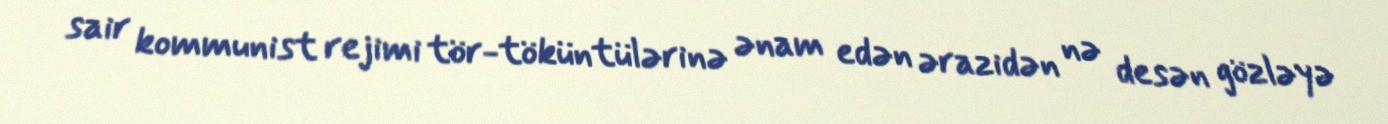
sair kommunist rejimi tör-töküntülərinə ənam edən ərazidən nə desən gözləyə